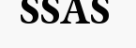
SSAS